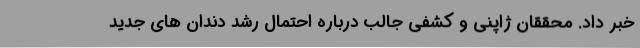
خبر داد. محققان ژاپنی و کشفی جالب درباره احتمال رشد دندان های جدید